Annual administration report of the Civil Veterinary Department of India - 1894-1895
Year: 1894
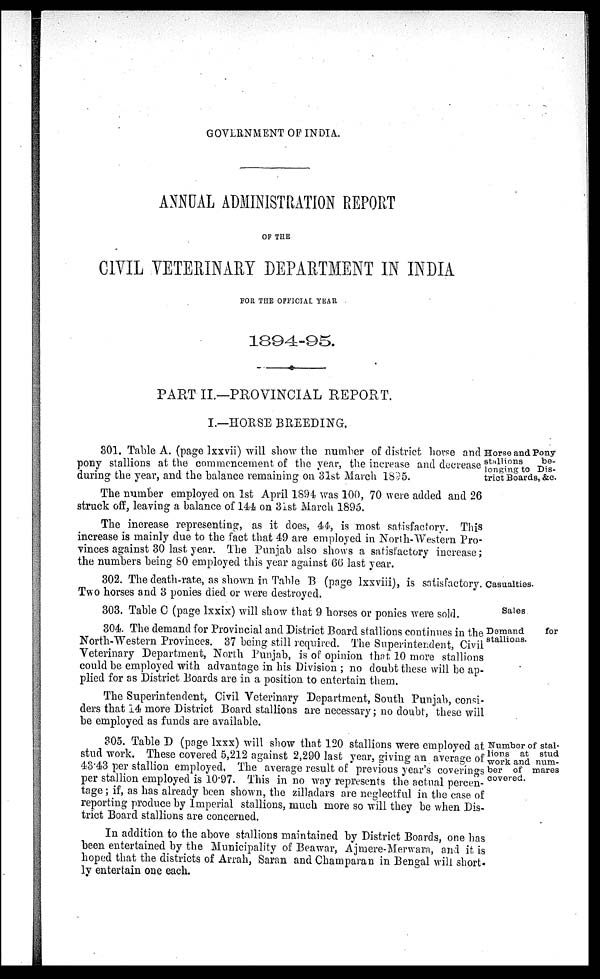
GOVERNMENT OF INDIA.
ANNUAL ADMINISTRATION REPORT
OF THE
CIVIL VETERINARY DEPARTMENT IN INDIA
FOR THE OFFICIAL YEAR
1894-95.
PART II.—PROVINCIAL REPORT.
I.—HORSE BREEDING.
Horse and Pony
stallions
be-
longing to Dis-
trict Boards, &c.
301. Table A. (page lxxvii) will show the number of district horse and
pony stallions at the commencement of the year, the increase and decrease
during the year, and the balance remaining on 31st March 1895.
The number employed on 1st April 1894 was 100, 70 were added and 26
struck off, leaving a balance of 144 on 31st March 1895.
The increase representing, as it does, 44, is most satisfactory. This
increase is mainly due to the fact that 49 are employed in North-Western Pro-
vinces against 30 last year. The Punjab also shows a satisfactory increase;
the numbers being 80 employed this year against 66 last year.
Casualties.
302. The death-rate, as shown in Table B (page lxxviii), is satisfactory.
Two horses and 3 ponies died or were destroyed.
Sales
303. Table C (page lxxix) will show that 9 horses or ponies were sold.
Demand
for
stallions.
304. The demand for Provincial and District Board stallions continues in the
North-Western Provinces. 37 being still required. The Superintendent, Civil
Veterinary Department, North Punjab, is of opinion that 10 more stallions
could be employed with advantage in his Division ; no doubt these will be ap-
plied for as District Boards are in a position to entertain them.
The Superintendent, Civil Veterinary Department, South Punjab, consi-
ders that 14 more District Board stallions are necessary; no doubt, these will
be employed as funds are available.
Number of stal-
lions at stud
work and num-
ber of mares
covered.
305. Table D (page lxxx) will show that 120 stallions were employed at
stud work. These covered 5,212 against 2,290 last year, giving an average of
43.43 per stallion employed. The average result of previous year's coverings
per stallion employed is 10.97. This in no way represents the actual percen-
tage ; if, as has already been shown, the zilladars are neglectful in the case of
reporting produce by Imperial stallions, much more so will they be when Dis-
trict Board stallions are concerned.
In addition to the above stallions maintained by District Boards, one has
been entertained by the Municipality of Beawar, Ajmere-Merwara, and it is
hoped that the districts of Arrah, Saran and Champaran in Bengal will short-
ly entertain one each.